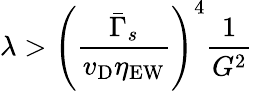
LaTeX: \lambda>\left(\frac{{\bar{\Gamma}}_{s}}{v_{\mathrm{D}}\eta_{\mathrm{EW}}}\right)^{4}\frac{1}{G^{2}}